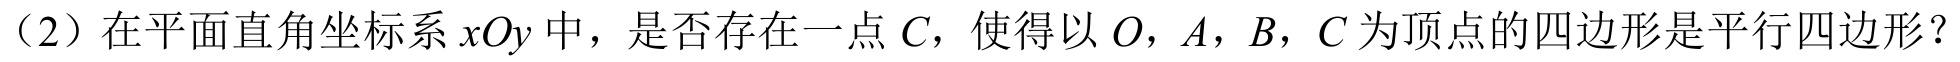
（2）在平面直角坐标系\(xOy\)中，是否存在一点\(C\)，使得以\(O\)，\(A\)，\(B\)，\(C\)为顶点的四边形是平行四边形？